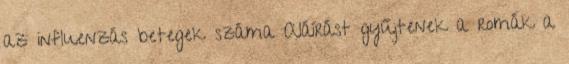
az influenzás betegek száma Aláírást gyűjtenek a romák a